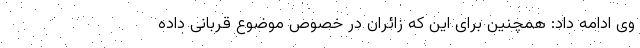
وی ادامه داد: همچنین برای این که زائران در خصوص موضوع قربانی داده